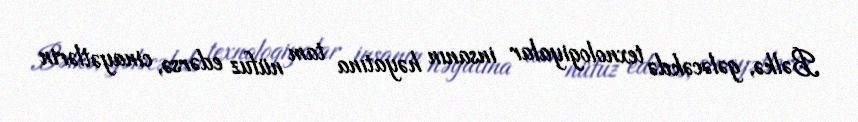
Bəlkə, gələcəkdə texnologiyalar insanın həyatına tam nüfuz edərsə, cinayətlərin